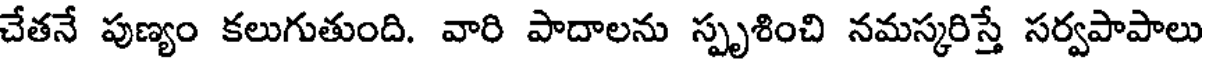
చేతనే పుణ్యం కలుగుతుంది. వారి పాదాలను స్పృశించి నమస్కరిస్తే సర్వపాపాలు